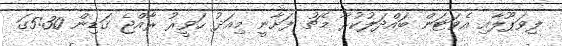
ލިވަޕޫލާއި އެވަޓަން ބައްދަލުކުރާ މެޗު ފަށާނީ މިއަދު ހަވީރު ރާއްޖެ ގަޑިން 5:30ގަ